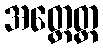
အတ္ထေတ္ထ